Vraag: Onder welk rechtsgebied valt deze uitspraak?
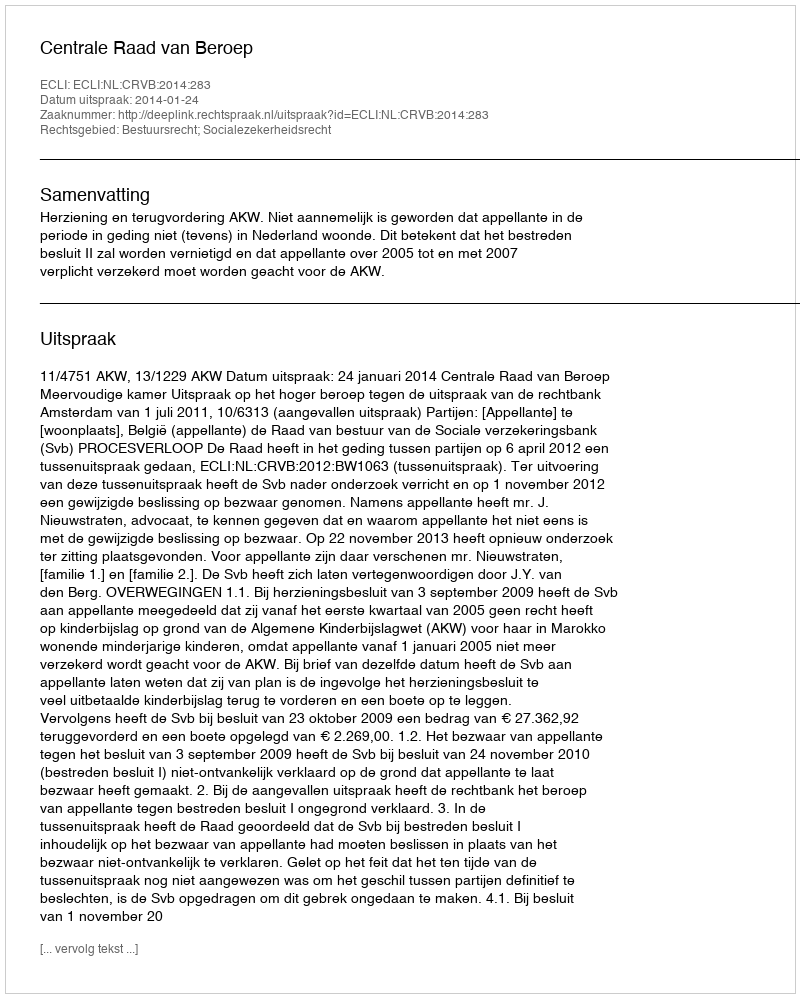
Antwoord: Bestuursrecht; Socialezekerheidsrecht